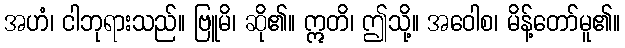
အဟံ၊ ငါဘုရားသည်။ ဗြူမိ၊ ဆို၏။ ဣတိ၊ ဤသို့။ အဝေါစ၊ မိန့်တော်မူ၏။